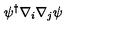
\psi ^ { \dagger } \nabla _ { i } \nabla _ { j } \psi